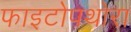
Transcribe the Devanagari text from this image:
फाइटोपथोरा